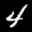
Digit: 4